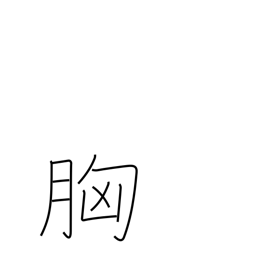
Meaning: breast